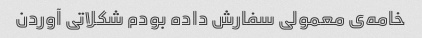
خامه‌ی معمولی سفارش داده بودم شکلاتی آوردن